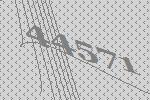
44571